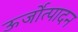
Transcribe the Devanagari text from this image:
ऊर्जोत्पादन